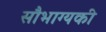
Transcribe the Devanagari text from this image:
सौभाग्यकी